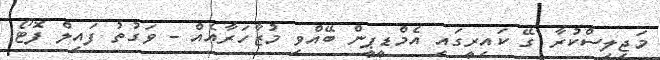
މަޖިލިސްކުރާ ގޭ ކައިރީގައި އެމްޑީޕީން ބޭއްވި މުޒާހަރާއެއް - ވަގުތު ފައިލް ފޮޓޯ: